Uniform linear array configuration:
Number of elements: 4
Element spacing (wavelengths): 0.75
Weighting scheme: binomial
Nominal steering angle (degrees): -30
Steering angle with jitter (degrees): -30.142
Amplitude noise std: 0.05
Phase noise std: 0.05

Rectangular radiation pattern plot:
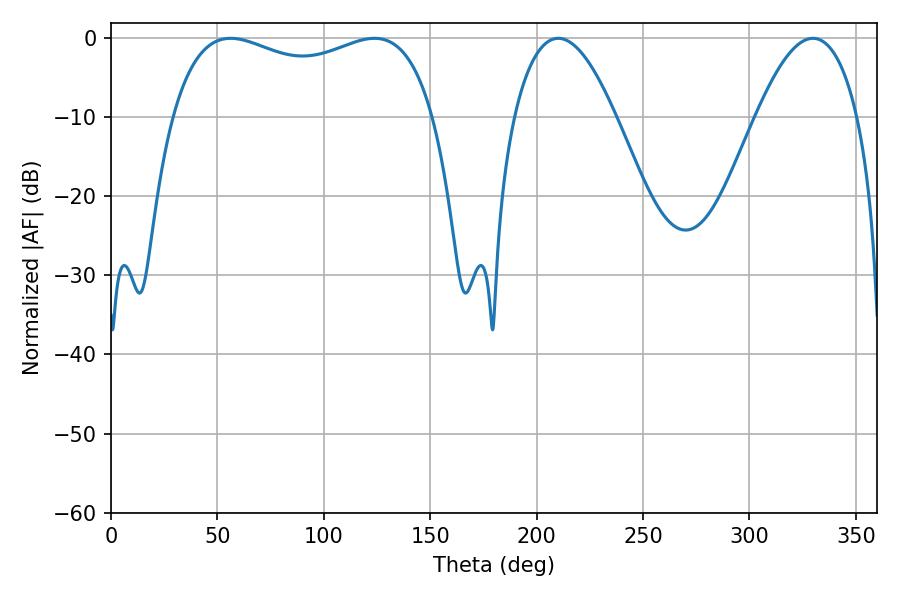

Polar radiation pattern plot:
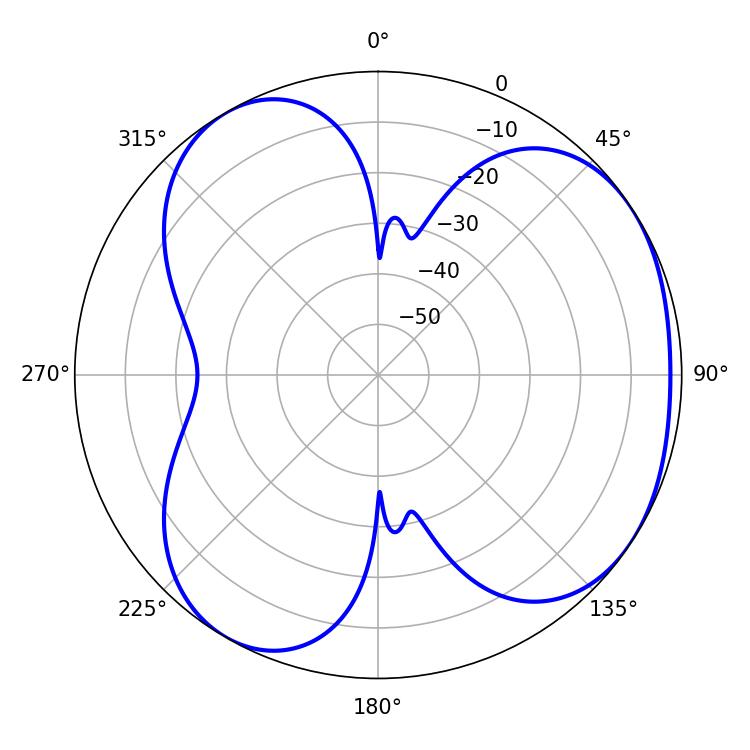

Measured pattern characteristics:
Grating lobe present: TRUE
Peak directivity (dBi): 4.194
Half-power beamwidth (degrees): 101.16
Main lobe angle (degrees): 56.16